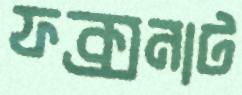
ফক্সনাট